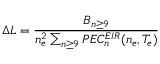
\Delta L = \frac { B _ { n \geq 9 } } { n _ { e } ^ { 2 } \sum _ { n \geq 9 } P E C _ { n } ^ { E I R } ( n _ { e } , T _ { e } ) }